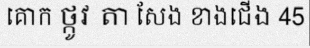
គោក ថ្កូវ តា សែង ខាងជើង 45